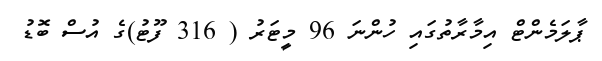
ޕާލަމެންޓް އިމާރާތުގައި ހުންނަ 96 މީޓަރު ( 316 ފޫޓު)ގެ އުސް ބޮޑު